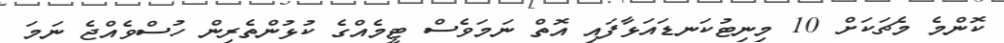
ކޮންމެ މެޗަކަށް 10 މިނިޓުކަނޑައަޅާފައި އޮތް ނަމަވެސް ޓީމެއްގެ ކުޅުންތެރިން ހުސްވެއްޖެ ނަމަ